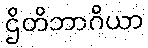
ဌိတိဘာဂိယာ